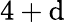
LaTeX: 4+\mathrm{d}